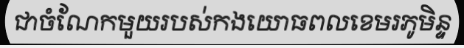
ជាចំណែកមួយរបស់កងយោធពលខេមរភូមិន្ទ